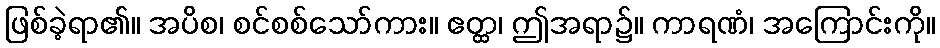
ဖြစ်ခဲ့ရာ၏။ အပိစ၊ စင်စစ်သော်ကား။ ဧတ္ထ၊ ဤအရာ၌။ ကာရဏံ၊ အကြောင်းကို။